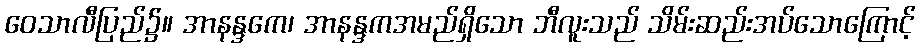
ဝေသာလီပြည်၌။ အာနန္ဒကေ၊ အာနန္ဒကအမည်ရှိသော ဘီလူးသည် သိမ်းဆည်းအပ်သောကြောင့်